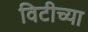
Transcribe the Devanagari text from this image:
विटीच्या